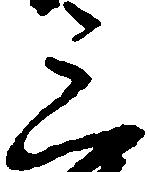
三